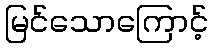
မြင်သောကြောင့်